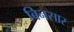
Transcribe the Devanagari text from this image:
बिनसार